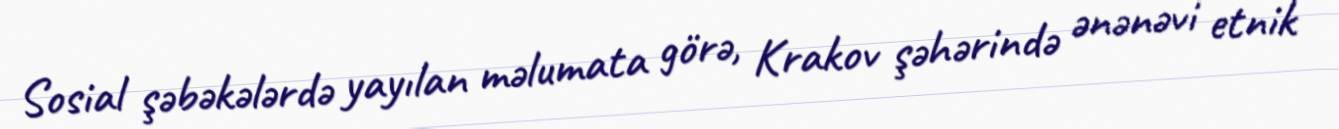
Sosial şəbəkələrdə yayılan məlumata görə, Krakov şəhərində ənənəvi etnik